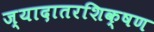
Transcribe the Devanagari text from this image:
ज्यादातरशिक्षण